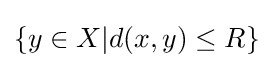
\{y\in X|d(x,y)\leq R\}